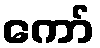
ကော်